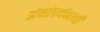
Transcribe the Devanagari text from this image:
अंकांपर्यन्तची